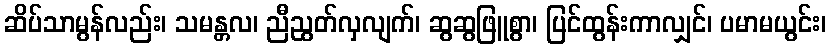
ဆိပ်သာမွန်လည်း၊ သမန္တလ၊ ညီညွတ်လှလျက်၊ ဆွဆွဖြူစွာ၊ ပြင်ထွန်းကာလျှင်၊ ပမာမယွင်း၊